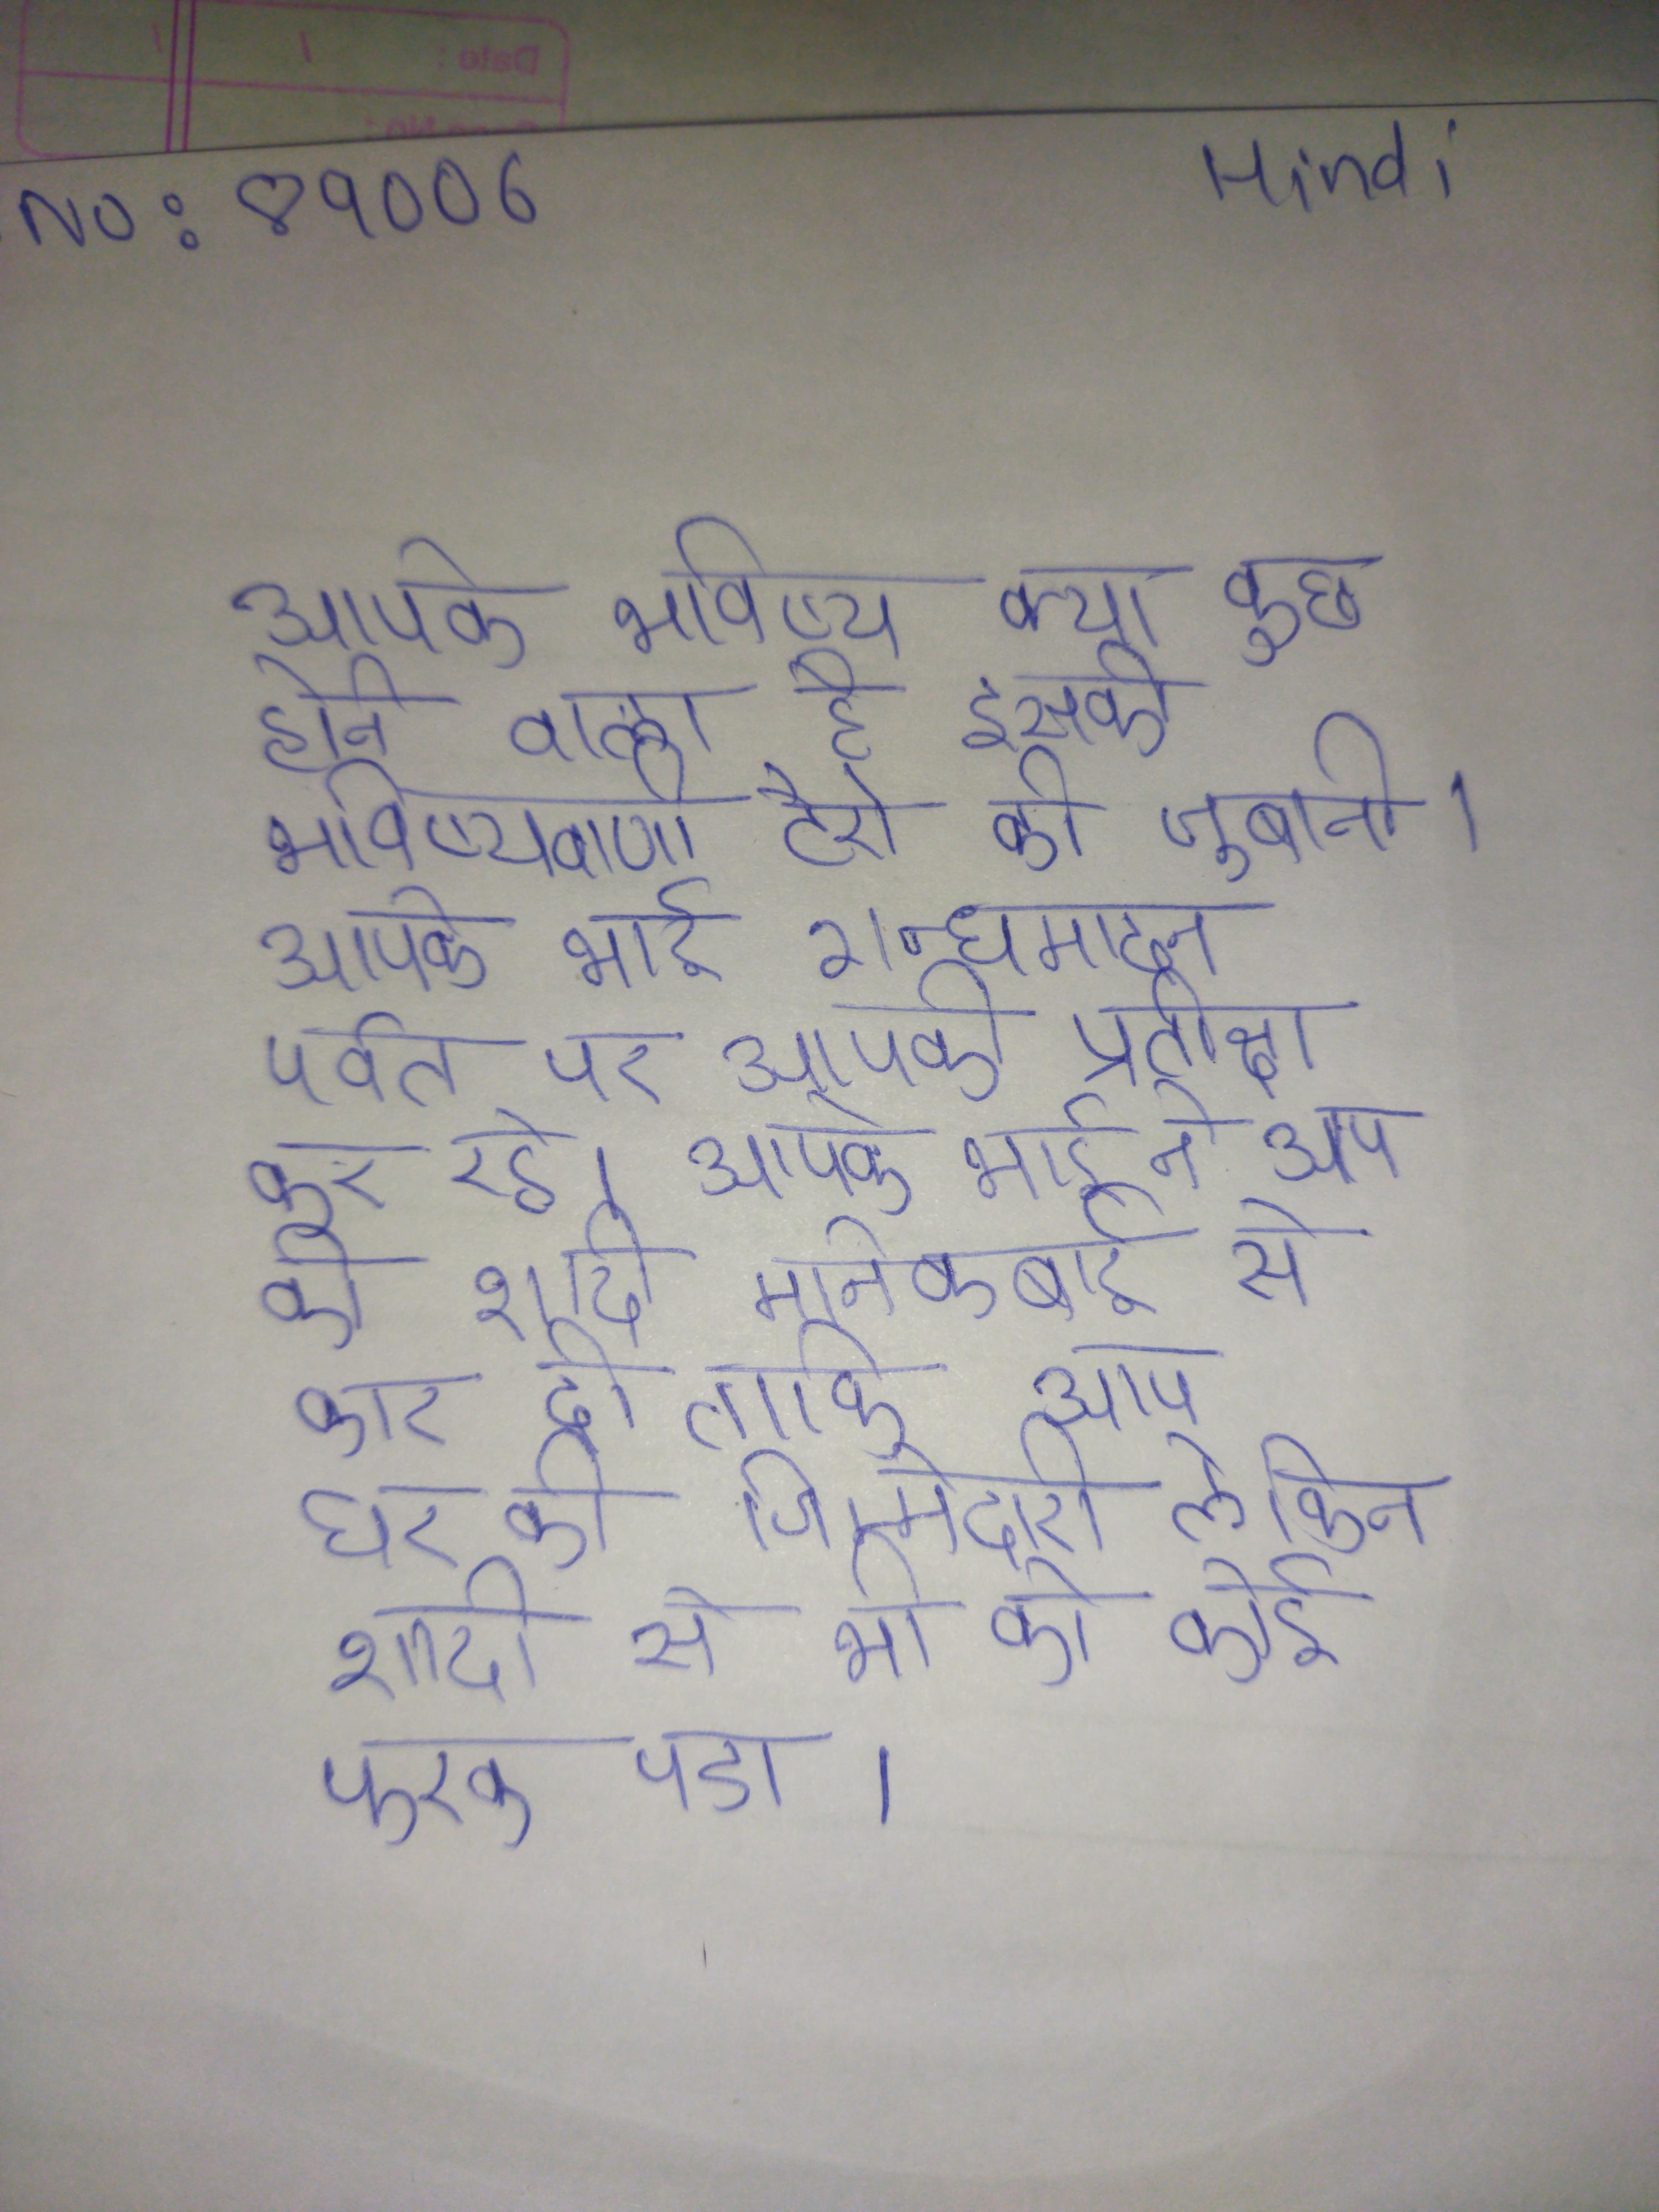
आपके भविष्य क्या कुछ होने वाला है इसकी भविष्यवाणी टैरो की जुबानी । आपके भाई गन्धमादन पर्वत पर आपकी प्रतीक्षा कर रहे । आप के भाई ने आप की शादी मानेकबाई से कार दी ताकि आप घर की जिम्मेदारी लेकिन शादी से भी को कोई फरक पडा ।